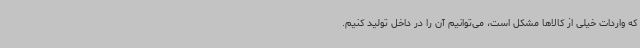
که واردات خیلی از کالاها مشکل است، می‌توانیم آن را در داخل تولید کنیم.